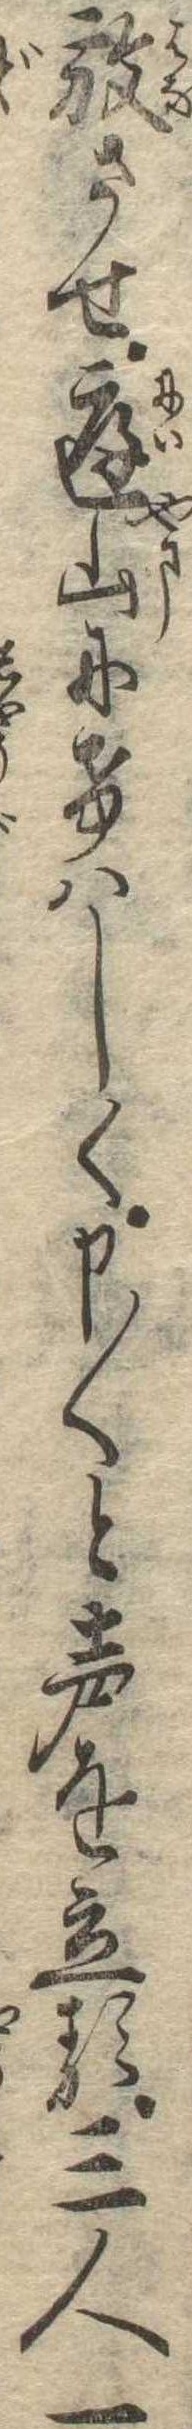
放させ庭山にけはしく申〱と声を立る三人一